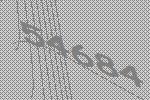
54684